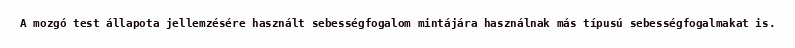
A mozgó test állapota jellemzésére használt sebességfogalom mintájára használnak más típusú sebességfogalmakat is.